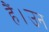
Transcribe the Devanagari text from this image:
हैं।उन